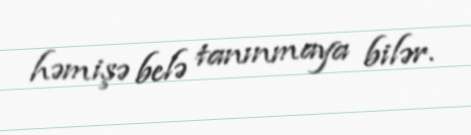
həmişə belə tanınmaya bilər.